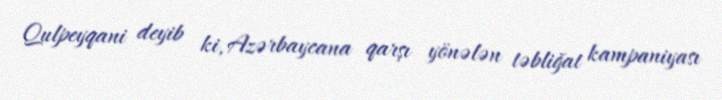
Qulpeyqani deyib ki, Azərbaycana qarşı yönələn təbliğat kampaniyası